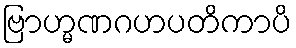
ဗြာဟ္မဏဂဟပတိကာပိ